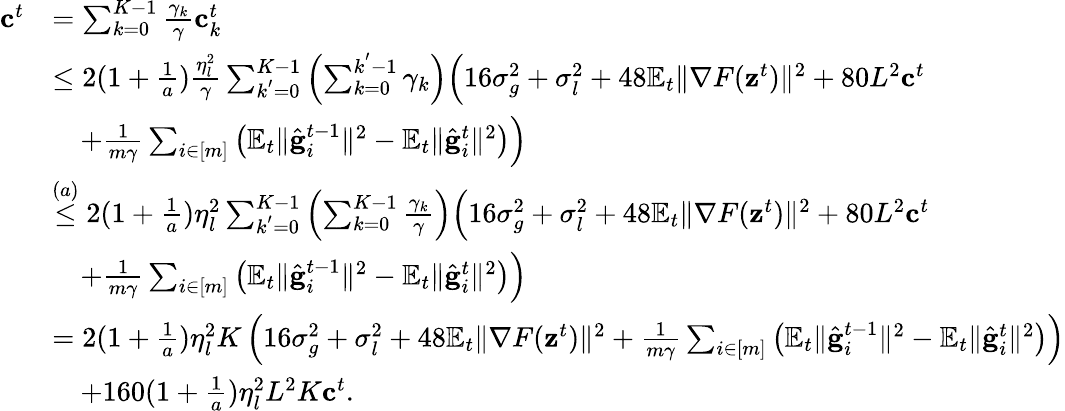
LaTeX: \begin{array}{rl}{\mathbf{c}^{t}}&{=\sum_{k=0}^{K-1}\frac{\gamma_{k}}{\gamma}\mathbf{c}_{k}^{t}}\\ &{\leq 2(1+\frac{1}{a})\frac{\eta_{l}^{2}}{\gamma}\sum_{k^{'}=0}^{K-1}\left(\sum_{k=0}^{k^{'}-1}\gamma_{k}\right)\Bigl(16\sigma_{g}^{2}+\sigma_{l}^{2}+48\mathbb{E}_{t}\Vert\nabla F(\mathbf{z}^{t})\Vert^{2}+80L^{2}\mathbf{c}^{t}}\\ &{\quad+\frac{1}{m\gamma}\sum_{i\in[m]}\left(\mathbb{E}_{t}\Vert\hat{\mathbf{g}}_{i}^{t-1}\Vert^{2}-\mathbb{E}_{t}\Vert\hat{\mathbf{g}}_{i}^{t}\Vert^{2}\right)\Bigr)}\\ &{\overset{(a)}{\leq}2(1+\frac{1}{a})\eta_{l}^{2}\sum_{k^{'}=0}^{K-1}\left(\sum_{k=0}^{K-1}\frac{\gamma_{k}}{\gamma}\right)\Bigl(16\sigma_{g}^{2}+\sigma_{l}^{2}+48\mathbb{E}_{t}\Vert\nabla F(\mathbf{z}^{t})\Vert^{2}+80L^{2}\mathbf{c}^{t}}\\ &{\quad+\frac{1}{m\gamma}\sum_{i\in[m]}\left(\mathbb{E}_{t}\Vert\hat{\mathbf{g}}_{i}^{t-1}\Vert^{2}-\mathbb{E}_{t}\Vert\hat{\mathbf{g}}_{i}^{t}\Vert^{2}\right)\Bigr)}\\ &{=2(1+\frac{1}{a})\eta_{l}^{2}K\left(16\sigma_{g}^{2}+\sigma_{l}^{2}+48\mathbb{E}_{t}\Vert\nabla F(\mathbf{z}^{t})\Vert^{2}+\frac{1}{m\gamma}\sum_{i\in[m]}\left(\mathbb{E}_{t}\Vert\hat{\mathbf{g}}_{i}^{t-1}\Vert^{2}-\mathbb{E}_{t}\Vert\hat{\mathbf{g}}_{i}^{t}\Vert^{2}\right)\right)}\\ &{\quad+160(1+\frac{1}{a})\eta_{l}^{2}L^{2}K\mathbf{c}^{t}.}\end{array}